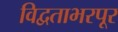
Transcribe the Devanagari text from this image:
विद्वताभरपूर